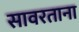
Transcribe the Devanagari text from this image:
सावरताना